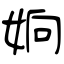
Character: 姠